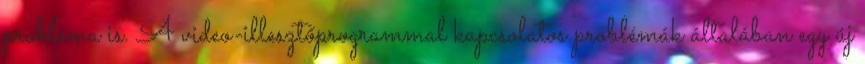
probléma is. A video-illesztőprogrammal kapcsolatos problémák általában egy új